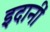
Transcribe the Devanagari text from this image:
इदानीं